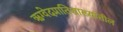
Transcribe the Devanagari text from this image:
ऋग्वेदप्रातिशाख्यांतील